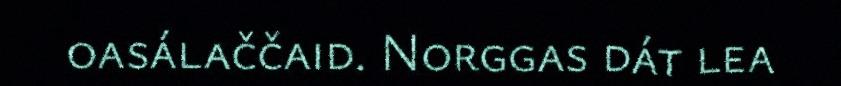
oasálaččaid. Norggas dát lea